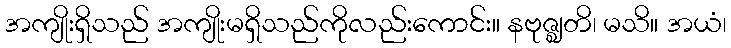
အကျိုးရှိသည် အကျိုးမရှိသည်ကိုလည်းကောင်း။ နဗုဇ္ဈတိ၊ မသိ။ အယံ၊